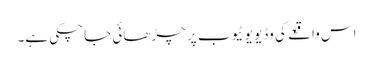
اس واقعے کی وڈیو یو ٹیوب پر چڑھائی جا چکی ہے۔